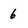
Character: 6